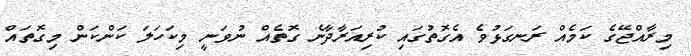
މިރާއްޖޭގެ ކަމެއް ރަނގަޅުވެ އެގޮތުގައި ކުރިއަރާދާނެ ގޮތެއް ނުވަނީ މިކަހަަލަ ކަންކަން މިގޮތައް